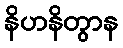
နိဟနိတွာန